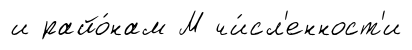
и райо́нам М чи́сл'енност'и